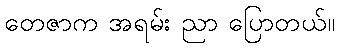
တေဇာက အရမ်း ညာ ပြောတယ်။